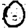
Digit: 0